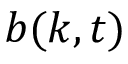
b ( k , t )